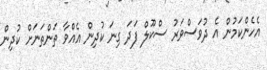
އެހެންކަމުން އެ ދުވަސްވަރު ސްކޫލް ފަދަ ގިނަ ކުދިން އެއްވާ ތަންތަނަށް ކުދިން